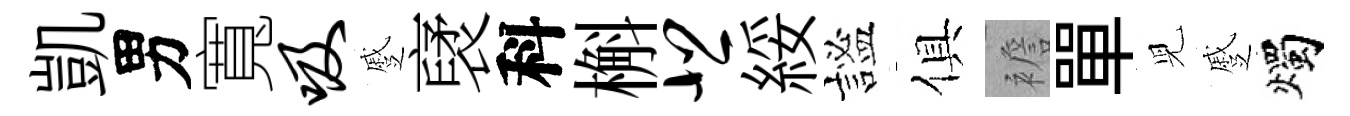
凱男寬吸蹙裦科槲悲綏謐俱襜單児蹙燭